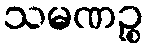
သမဏဉ္စ